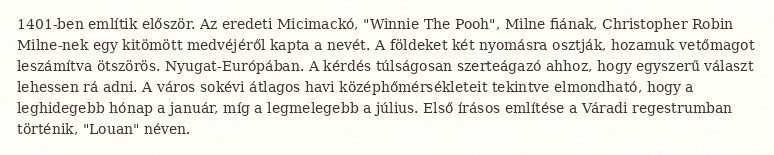
1401-ben említik először. Az eredeti Micimackó, "Winnie The Pooh", Milne fiának, Christopher Robin Milne-nek egy kitömött medvéjéről kapta a nevét. A földeket két nyomásra osztják, hozamuk vetőmagot leszámítva ötszörös. Nyugat-Európában. A kérdés túlságosan szerteágazó ahhoz, hogy egyszerű választ lehessen rá adni. A város sokévi átlagos havi középhőmérsékleteit tekintve elmondható, hogy a leghidegebb hónap a január, míg a legmelegebb a július. Első írásos említése a Váradi regestrumban történik, "Louan" néven.